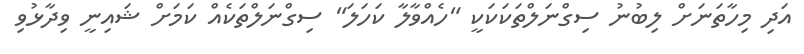
އަދި މިހާތަނަށް ލިބުނު ސިގްނަލްތަކަކަކީ "ހެއްވާލާ ކަހަލަ" ސިގްނަލްތަކެއް ކަމަށް ޝައިނީ ވިދާޅުވި